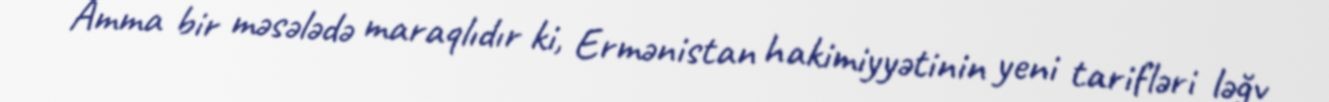
Amma bir məsələdə maraqlıdır ki, Ermənistan hakimiyyətinin yeni tarifləri ləğv